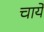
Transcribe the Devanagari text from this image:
चायें